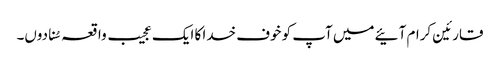
قارئین کرام آئیے میں آپ کو خوف خدا کا ایک عجیب واقعہ سُنا دوں۔